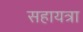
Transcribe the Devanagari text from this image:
सहायत्रा